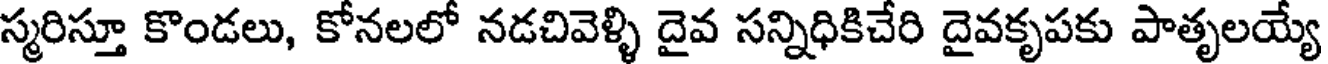
స్మరిస్తూ కొండలు, కోనలలో నడచివెళ్ళి దైవ సన్నిధికిచేరి దైవకృపకు పాతృలయ్యే